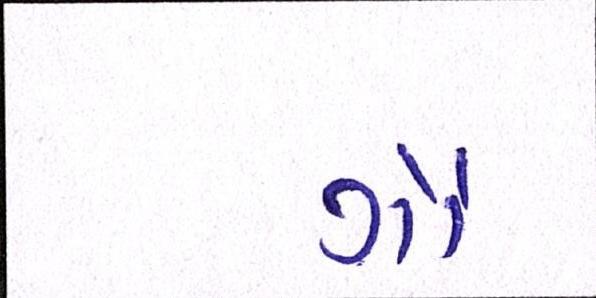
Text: ગૌ